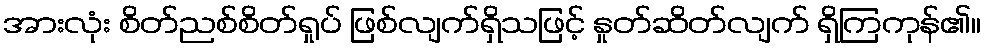
အားလုံး စိတ်ညစ်စိတ်ရှုပ် ဖြစ်လျက်ရှိသဖြင့် နှုတ်ဆိတ်လျက် ရှိကြကုန်၏။